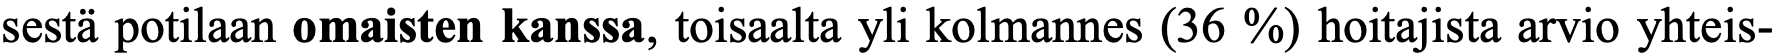
sestä potilaan omaisten kanssa, toisaalta yli kolmannes (36 %) hoitajista arvio yhteis-